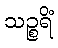
သဉ္စရိံ